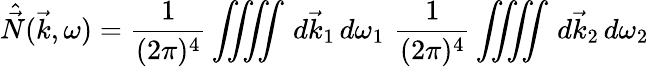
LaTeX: \hat{\vec{N}}(\vec{k},\omega)=\frac{1}{(2\pi)^{4}}\iiiint\, d\vec{k}_{1}\, d\omega_{1}\, \, \frac{1}{(2\pi)^{4}}\iiiint\, d\vec{k}_{2}\, d\omega_{2}